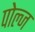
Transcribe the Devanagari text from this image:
पोल्ज